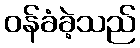
ဝန်ခံခဲ့သည်